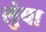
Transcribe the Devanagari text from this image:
लुंबा